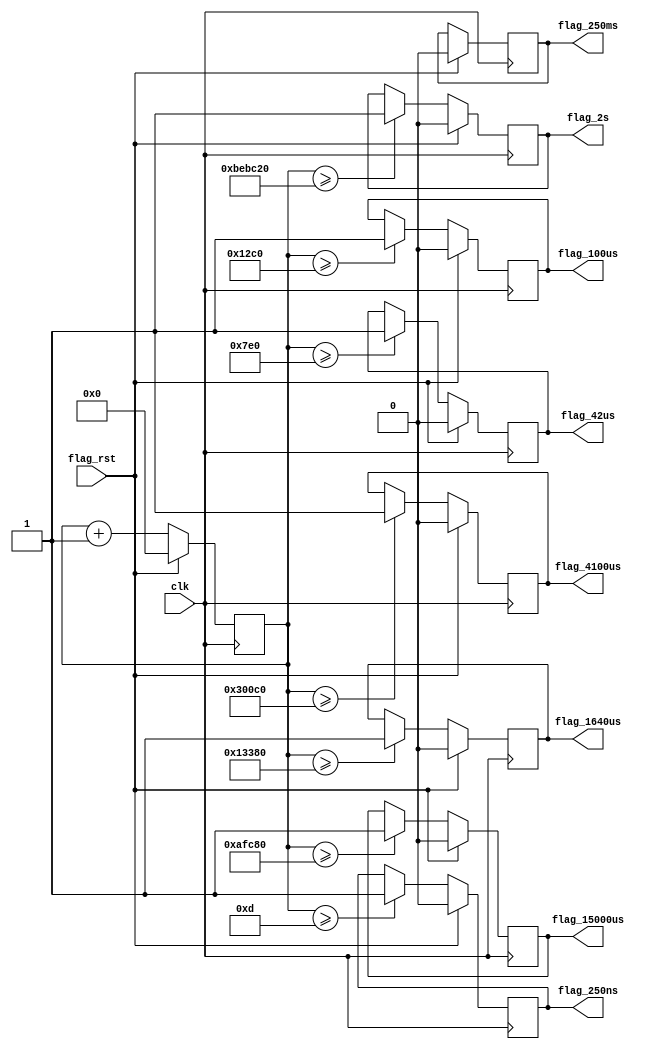
module flag_controller(
	clk, flag_rst, flag_250ns, flag_42us, flag_100us, flag_1640us, flag_4100us, flag_15000us, flag_2s, flag_250ms
);
	input clk, flag_rst;
	output	flag_250ns,
				flag_42us,
				flag_100us,
				flag_1640us,
				flag_4100us,
				flag_15000us,
				flag_2s,
				flag_250ms;


	reg 	flag_250ns	= 1'b0,
			flag_42us	= 1'b0,
			flag_100us	= 1'b0,
			flag_1640us	= 1'b0,
			flag_4100us	= 1'b0,
			flag_15000us= 1'b0,
			flag_2s		= 1'b0,
			flag_250ms		= 1'b0;

	reg [31:0] cnt_timer = 0;
	
	// For 50Mhz clock => 1 cycle = 20ns 
	parameter [31:0] t_40ns 	= 2;
	parameter [31:0] t_250ns 	= 13;
	parameter [31:0] t_42us 	= 2016;
	parameter [31:0] t_100us 	= 4800;
	parameter [31:0] t_1640us 	= 78720;
	parameter [31:0] t_4100us 	= 196800;
	parameter [31:0] t_15000us	= 720000;
	parameter [31:0] t_2s		= 100000000;
	parameter [31:0] t_250ms	= 12500000;
	
//	parameter [31:0] t_40ns 	= 1;
//	parameter [31:0] t_250ns 	= 1;
//	parameter [31:0] t_42us 	= 1;
//	parameter [31:0] t_100us 	= 1;
//	parameter [31:0] t_1640us 	= 1;
//	parameter [31:0] t_4100us 	= 1;
//	parameter [31:0] t_15000us	= 1;
//	parameter [31:0] t_2s		= 100;
	
	always @(posedge clk) begin
		if(flag_rst) begin
			flag_250ns			<=	1'b0;
			flag_42us			<=	1'b0;
			flag_100us			<=	1'b0;
			flag_1640us			<=	1'b0;
			flag_4100us			<=	1'b0;
			flag_15000us    	<=	1'b0;
			flag_2s		    	<=	1'b0;
			flag_250ms	    	<=	1'b0;
			cnt_timer	<=	31'b0;
		end
		else begin
			if(cnt_timer>=t_250ns) begin			
				flag_250ns	<=	1'b1;
			end
			else begin			
				flag_250ns	<=	flag_250ns;
			end
			//----------------------------
			if(cnt_timer>=t_42us) begin			
				flag_42us	<=	1'b1;
			end
			else begin			
				flag_42us	<=	flag_42us;
			end
			//----------------------------
			if(cnt_timer>=t_100us) begin			
				flag_100us	<=	1'b1;
			end
			else begin			
				flag_100us	<=	flag_100us;
			end
			//----------------------------
			if(cnt_timer>=t_1640us) begin			
				flag_1640us	<=	1'b1;
			end
			else begin			
				flag_1640us	<=	flag_1640us;
			end
			//----------------------------
			if(cnt_timer>=t_4100us) begin			
				flag_4100us	<=	1'b1;
			end
			else begin			
				flag_4100us	<=	flag_4100us;
			end
			//----------------------------
			if(cnt_timer>=t_15000us) begin			
				flag_15000us	<=	1'b1;
			end
			else begin			
				flag_15000us	<=	flag_15000us;
			end
			//----------------------------
			if(cnt_timer>=t_2s) begin			
				flag_2s	<=	1'b1;
			end
			else begin			
				flag_2s	<=	flag_2s;
			end
			//----------------------------
			if(cnt_timer>=t_250ms) begin			
				flag_2s	<=	1'b1;
			end
			else begin			
				flag_2s	<=	flag_2s;
			end
			//----------------------------
			cnt_timer	<= cnt_timer + 1;
		end
	end
	
endmodule